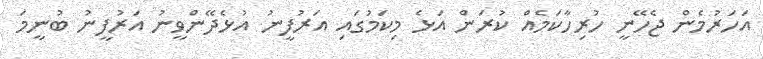
އަހަރުމެން ޖެހޭނީ ހުރިހާކަމެއް ކުރަން އަޅެ މިކަމުގައި އަރުފީނު އުޅެދޭންވީނު އަރުފީނު ބުނީމަ